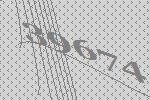
39674